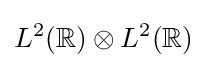
L^{2}(\mathbb {R} )\otimes L^{2}(\mathbb {R} )